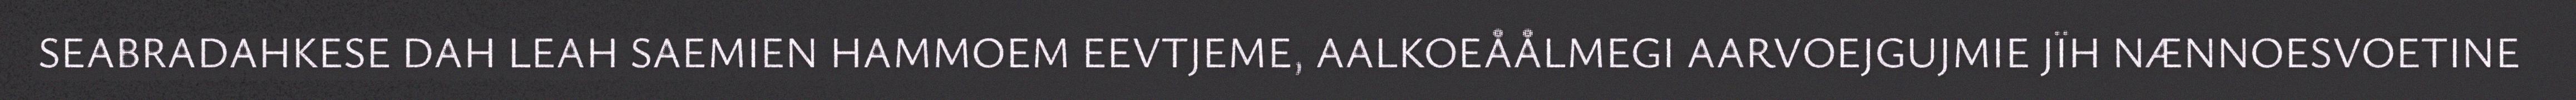
SEABRADAHKESE DAH LEAH SAEMIEN HAMMOEM EEVTJEME, AALKOEÅÅLMEGI AARVOEJGUJMIE JÏH NÆNNOESVOETINE